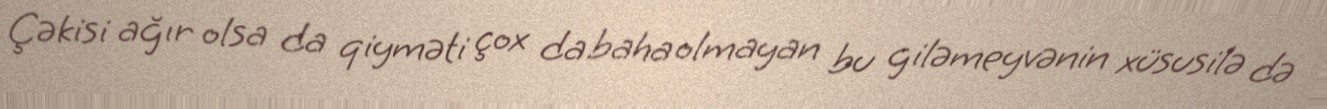
Çəkisi ağır olsa da qiyməti çox da baha olmayan bu giləmeyvənin xüsusilə də